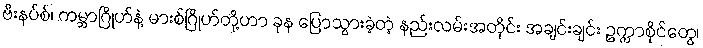
ဗီးနပ်စ်၊ ကမ္ဘာဂြိုဟ်နဲ့ မားစ်ဂြိုဟ်တို့ဟာ ခုန ပြောသွားခဲ့တဲ့ နည်းလမ်းအတိုင်း အချင်းချင်း ဥက္ကာစိုင်တွေ၊